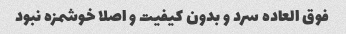
فوق العاده سرد و بدون کیفیت و اصلا خوشمزه نبود